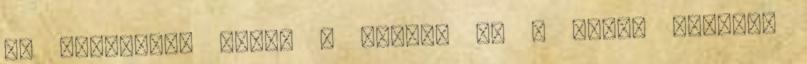
Ön Zoloft-ot szed. A Zoloft és a hozzá hasonló